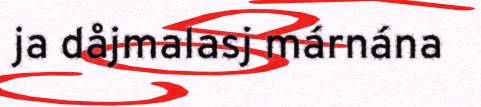
ja dåjmalasj márnána